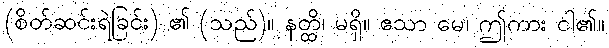
(စိတ်ဆင်းရဲခြင်း) ၏ (သည်)။ နတ္ထိ၊ မရှိ။ ဧသာ မေ၊ ဤကား ငါ၏။